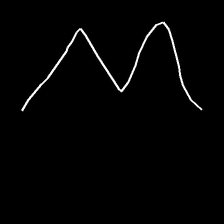
Glyph: crush